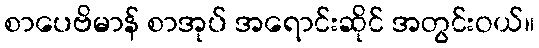
စာပေဗိမာန် စာအုပ် အရောင်းဆိုင် အတွင်းဝယ်။